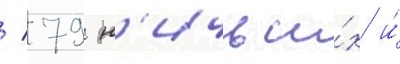
/ 79 н'ичьи́х и́